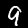
Label: 9